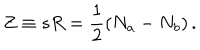
LaTeX: Z \equiv s R = { \frac { 1 } { 2 } } ( N _ { a } - N _ { b } ) \, .